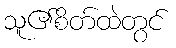
သူ၏စိတ်ထဲတွင်